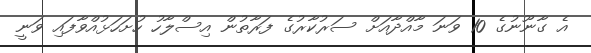
އެ ގާނޫނުގެ 10 ވަނަ މާއްދާއަށް ސަރުކާރުގެ ފަރާތުން އިސްލާހު ހުށަހަޅުއްވާފައި ވަނީ